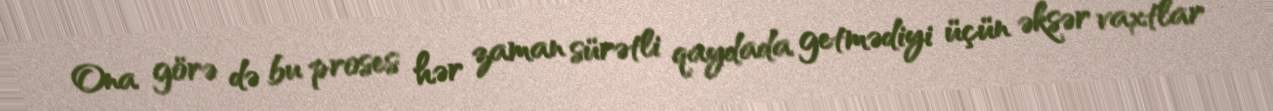
Ona görə də bu proses hər zaman sürətli qaydada getmədiyi üçün əksər vaxtlar